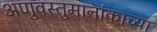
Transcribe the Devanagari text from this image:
अणुवस्तुमानांकाच्या